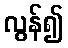
လွန်၍